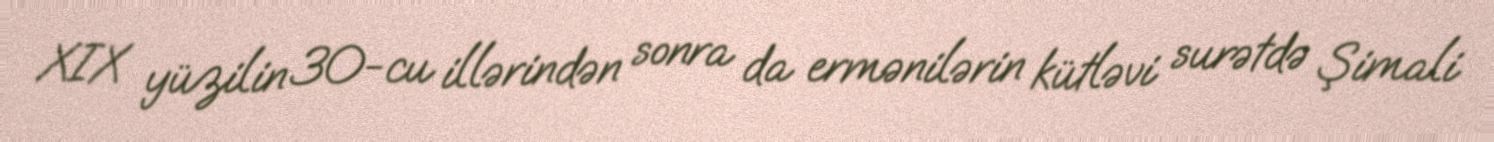
XIX yüzilin 30-cu illərindən sonra da ermənilərin kütləvi surətdə Şimali